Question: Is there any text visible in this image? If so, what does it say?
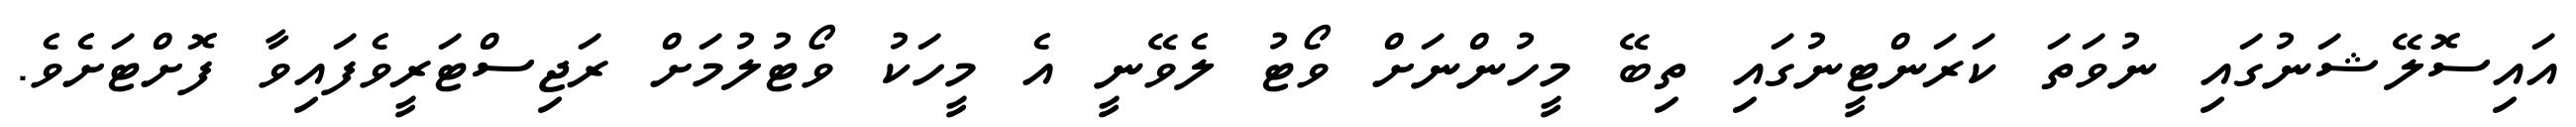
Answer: އައިސޮލޭޝަނުގައި ނުވަތަ ކަރަންޓީނުގައި ތިބޭ މީހުންނަށް ވޯޓު ލެވޭނީ އެ މީހަކު ވޯޓުލުމަށް ރަޖިސްޓަރީވެފައިވާ ފޮށްޓަށެވެ.